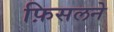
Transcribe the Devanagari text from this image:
फ़िसलने